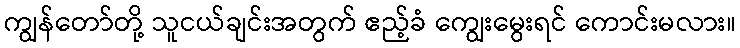
ကျွန်တော်တို့ သူငယ်ချင်းအတွက် ဧည့်ခံ ကျွေးမွေးရင် ကောင်းမလား။